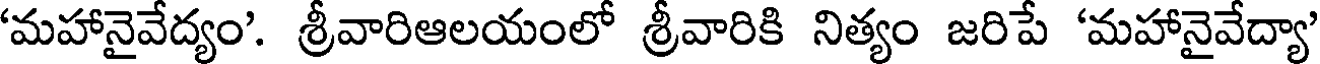
'మహానైవేద్యం'. శ్రీవారిఆలయంలో శ్రీవారికి నిత్యం జరిపే 'మహానైవేద్యా